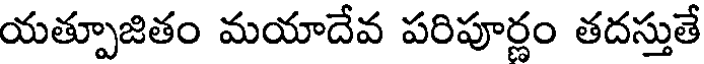
యత్పూజితం మయాదేవ పరిపూర్ణం తదస్తుతే